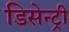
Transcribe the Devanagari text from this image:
डिसेन्ट्री